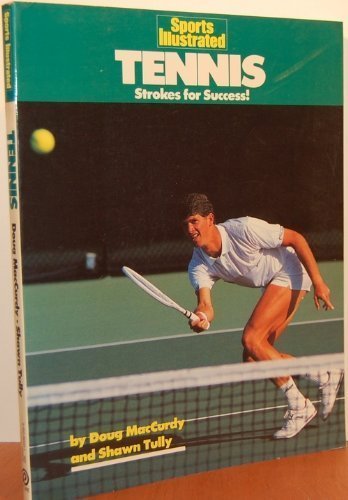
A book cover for Sports Illustrated Tennis : Strokes for Success!; Doug MacCurdy; Sports & Outdoors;